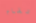
تقام